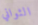
الثواني